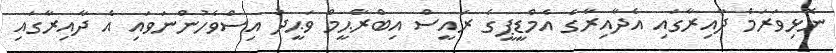
ނޮޅިވަރަމް ދާއިރާގައި އެދާއިރާގެ އެމްޑީޕީގެ ރައީސް އިބްރާޙީމް ވަޙީދު އިސްވެހުންނަވައި އެ ދާއިރާގައި